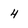
Character: 4